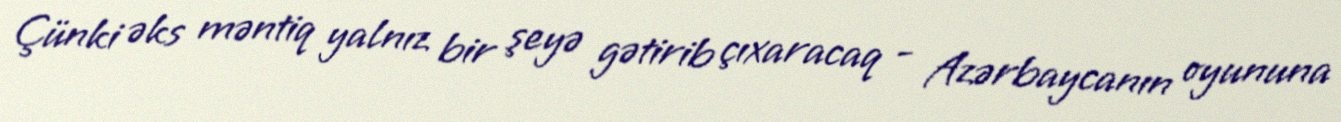
Çünki əks məntiq yalnız bir şeyə gətirib çıxaracaq - Azərbaycanın oyununa